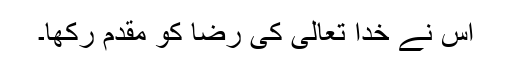
اس نے خدا تعالیٰ کی رضا کو مقدم رکھا۔